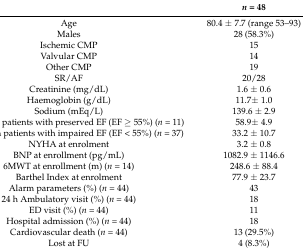
<table><thead><tr><td></td><td><b><i>n</i> = 48</b></td></tr></thead><tbody><tr><td>Age</td><td>80.4 ± 7.7 (range 53–93)</td></tr><tr><td>Males</td><td>28 (58.3%)</td></tr><tr><td>Ischemic CMP</td><td>15</td></tr><tr><td>Valvular CMP</td><td>14</td></tr><tr><td>Other CMP</td><td>19</td></tr><tr><td>SR/AF</td><td>20/28</td></tr><tr><td>Creatinine (mg/dL)</td><td>1.6 ± 0.6</td></tr><tr><td>Haemoglobin (g/dL)</td><td>11.7± 1.0</td></tr><tr><td>Sodium (mEq/L)</td><td>139.6 ± 2.9</td></tr><tr><td>LVEF [%] in patients with preserved EF (EF ≥ 55%) (<i>n</i> = 11)</td><td>58.9± 4.9</td></tr><tr><td>LVEF [%] in patients with impaired EF (EF &lt; 55%) (<i>n</i> = 37)</td><td>33.2 ± 10.7</td></tr><tr><td>NYHA at enrolment</td><td>3.2 ± 0.8</td></tr><tr><td>BNP at enrollment (pg/mL)</td><td>1082.9 ± 1146.6</td></tr><tr><td>6MWT at enrollment (m) (<i>n</i> = 14)</td><td>248.6 ± 88.4</td></tr><tr><td>Barthel Index at enrolment</td><td>77.9 ± 23.7</td></tr><tr><td>Alarm parameters (%) (<i>n</i> = 44)</td><td>43</td></tr><tr><td>24 h Ambulatory visit (%) (<i>n</i> = 44)</td><td>18</td></tr><tr><td>ED visit (%) (<i>n</i> = 44)</td><td>11</td></tr><tr><td>Hospital admission (%) (<i>n</i> = 44)</td><td>18</td></tr><tr><td>Cardiovascular death (<i>n</i> = 44)</td><td>13 (29.5%)</td></tr><tr><td>Lost at FU</td><td>4 (8.3%)</td></tr></tbody></table>